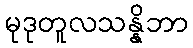
မုဒုတူလသန္နိဘာ